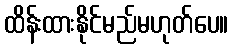
ထိန်းထားနိုင်မည်မဟုတ်ပေ။